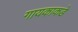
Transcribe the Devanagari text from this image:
गायकाकडे